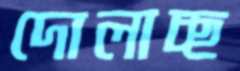
দোলাচ্ছ